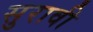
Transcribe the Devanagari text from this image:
सुरावी